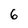
Character: 6